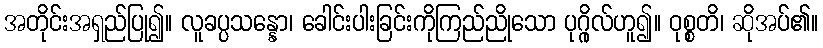
အတိုင်းအရှည်ပြု၍။ လူခပ္ပသန္နော၊ ခေါင်းပါးခြင်းကိုကြည်ညိုသော ပုဂ္ဂိုလ်ဟူ၍။ ဝုစ္စတိ၊ ဆိုအပ်၏။